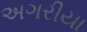
અગરીયા